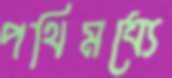
পথিমধ্যে